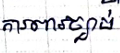
ការពារច្បាប់